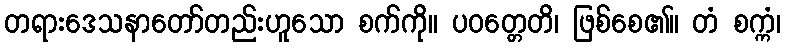
တရားဒေသနာတော်တည်းဟူသော စက်ကို။ ပဝတ္တေတိ၊ ဖြစ်စေ၏။ တံ စက္ကံ၊